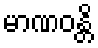
မာဏဝန္တိ